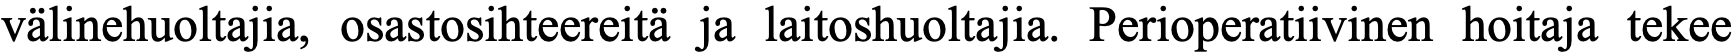
välinehuoltajia, osastosihteereitä ja laitoshuoltajia. Perioperatiivinen hoitaja tekee